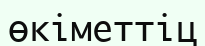
өкіметтіц